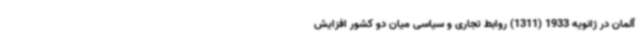
آلمان در ژانویه 1933 (1311) روابط تجاری و سیاسی میان دو کشور افزایش